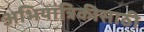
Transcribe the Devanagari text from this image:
अभियांत्रिकीसाठी